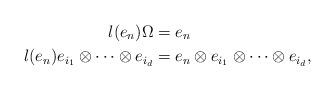
LaTeX: \begin{align*}l(e_n)\Omega &= e_n\\l(e_n) e_{i_1}\otimes\cdots\otimes e_{i_d}&= e_n\otimes e_{i_1}\otimes\cdots\otimes e_{i_d},\end{align*}